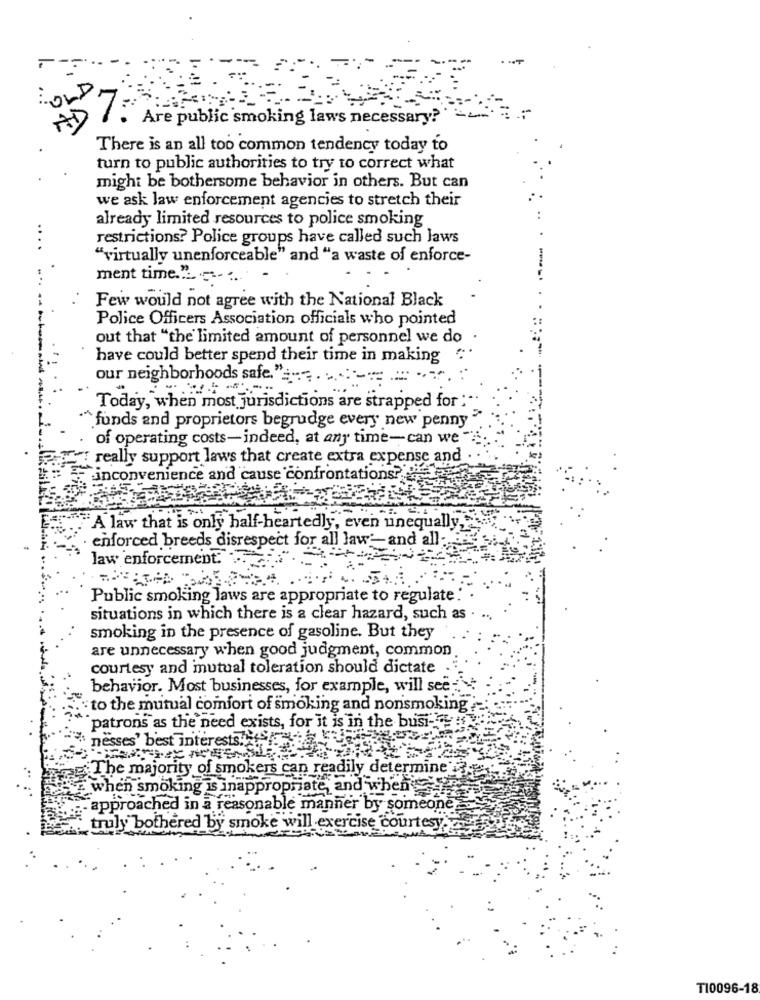
HD
:027 Are public smoking laws necessary?
There is an all too common tendency today to
turn to public authorities to try to correct what
might be bothersome behavior in others. But can
we ask law enforcement agencies to stretch their
already limited resources to police smoking
restrictions? Police groups have called such laws
"virtually unenforceable" and "a waste of enforce-
ment time. .. .
Few would not agree with the National Black
Police Officers Association officials who pointed
out that "the limited amount of personnel we do
have could better spend their time in making "
our neighborhoods safe." === ======
Today, when most jurisdictions are strapped for :"
"" funds and proprietors begrudge every new penny "
of operating costs-indeed, at any time- can we "
really support laws that create extra expense and
inconvenience and cause confrontations?
A law that is only half-heartedly, even unequally,
enforced breeds disrespect for all law'and all:
law enforcement.T
Public smoking laws are appropriate to regulate
situations in which there is a clear hazard, such as . .
smoking in the presence of gasoline. But they
are unnecessary when good judgment, common
courtesy and mutual toleration should dictate .
behavior. Most businesses, for example, will see -
to the mutual comfort of smoking and nonsmoking-
patrons as the need exists, for it is in the busi-
nesses' best interests.
The majority of smokers can readily determine -
:when smoking is inappropriate, and when
. approached in a reasonable manner by someone
truly bothered by smoke will exercise courtesy.
T10096-18